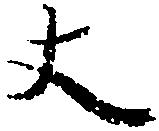
丈